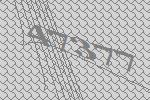
47377